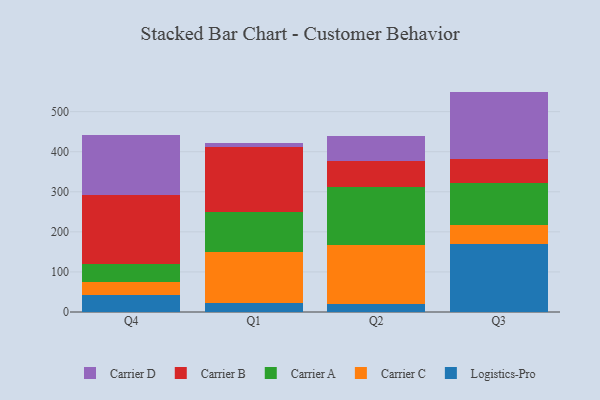
{"axis": {"x": "Quarter", "y": "Gross Profit (USD K)"}, "legend": ["Carrier A", "Carrier B", "Carrier C", "Carrier D", "Logistics-Pro"], "data": [{"x": "Q4", "y": 42.3, "type": "Logistics-Pro"}, {"x": "Q4", "y": 32.2, "type": "Carrier C"}, {"x": "Q4", "y": 45.4, "type": "Carrier A"}, {"x": "Q4", "y": 172.3, "type": "Carrier B"}, {"x": "Q4", "y": 150.6, "type": "Carrier D"}, {"x": "Q1", "y": 22.4, "type": "Logistics-Pro"}, {"x": "Q1", "y": 126.9, "type": "Carrier C"}, {"x": "Q1", "y": 101.1, "type": "Carrier A"}, {"x": "Q1", "y": 160.9, "type": "Carrier B"}, {"x": "Q1", "y": 10.0, "type": "Carrier D"}, {"x": "Q2", "y": 18.9, "type": "Logistics-Pro"}, {"x": "Q2", "y": 149.2, "type": "Carrier C"}, {"x": "Q2", "y": 144.7, "type": "Carrier A"}, {"x": "Q2", "y": 63.4, "type": "Carrier B"}, {"x": "Q2", "y": 62.2, "type": "Carrier D"}, {"x": "Q3", "y": 168.7, "type": "Logistics-Pro"}, {"x": "Q3", "y": 49.5, "type": "Carrier C"}, {"x": "Q3", "y": 104.6, "type": "Carrier A"}, {"x": "Q3", "y": 57.9, "type": "Carrier B"}, {"x": "Q3", "y": 169.3, "type": "Carrier D"}]}